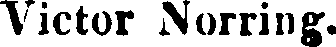
Victor Norring.